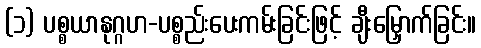
(၁) ပစ္စယာနုဂ္ဂဟ-ပစ္စည်းပေးကမ်းခြင်းဖြင့် ချီးမြှောက်ခြင်း။